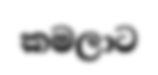
කමලාට